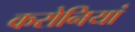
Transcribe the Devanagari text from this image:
करोनियां